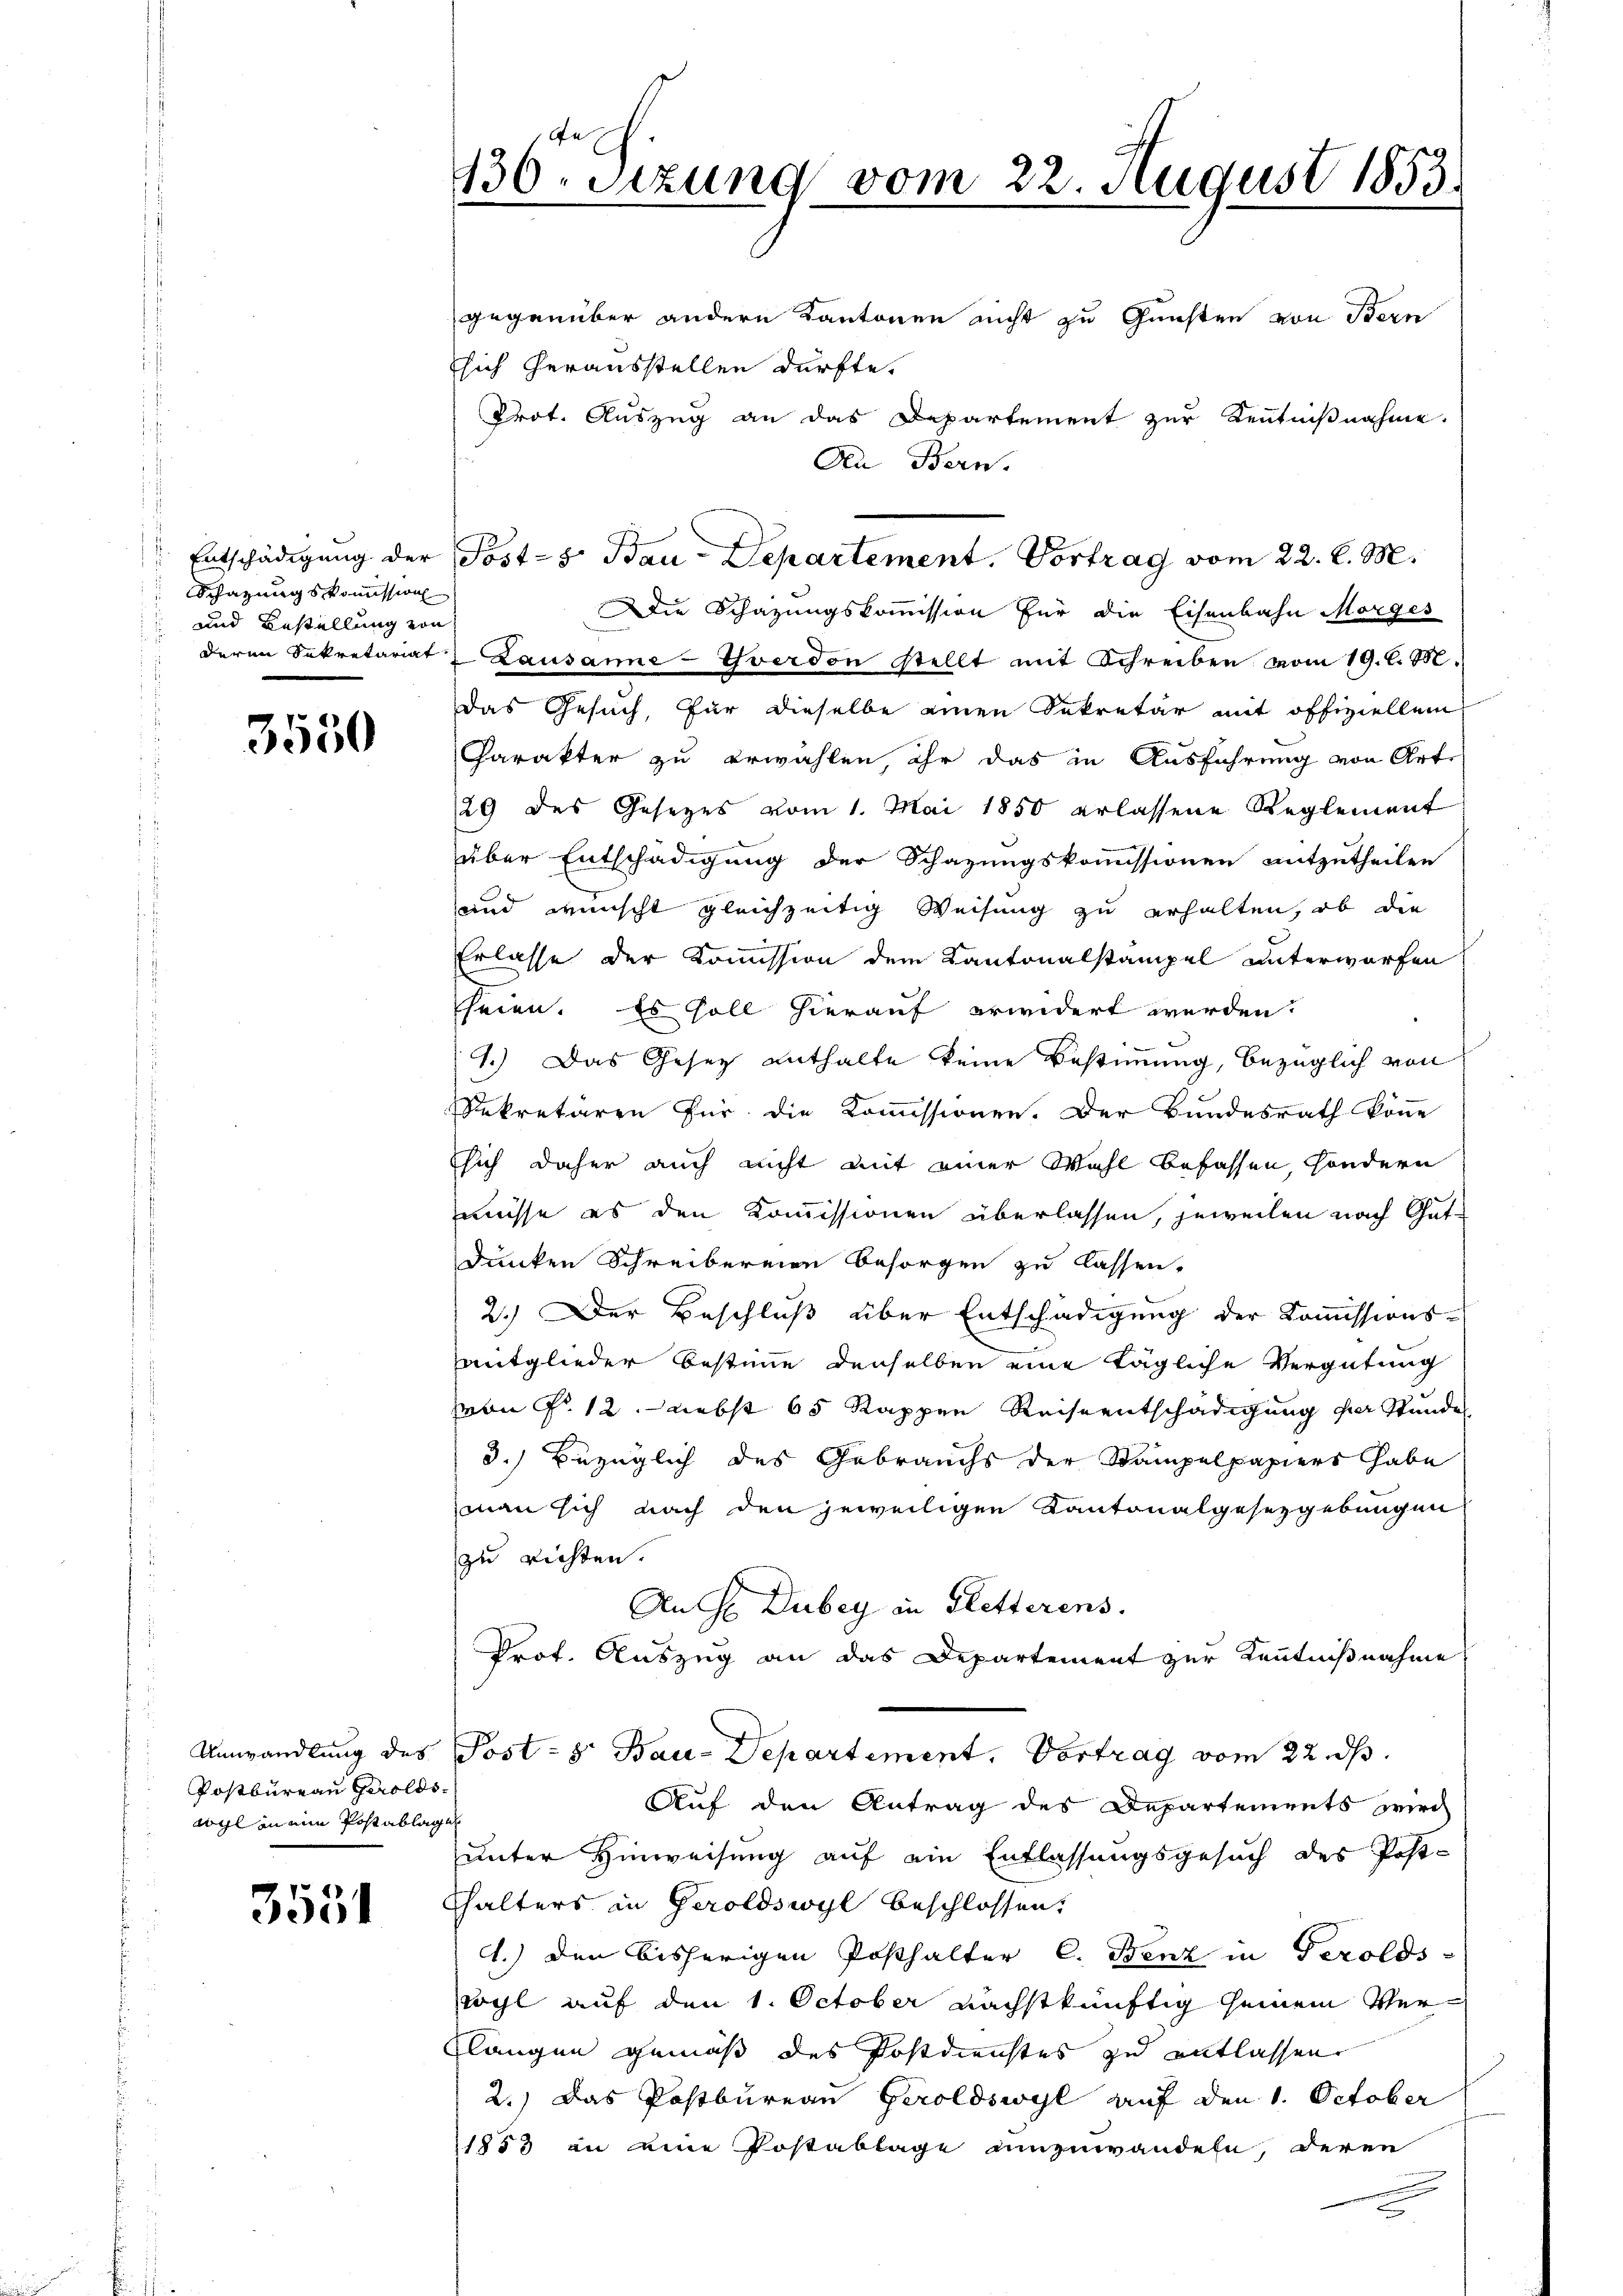
.
Schazungskommission
und Bestellung von
.

3550

Postbureau Geroldswyl an ein Postablage

3551

130. Sitzung vom 22. August 1853.

gegenüber andern Kantonen nicht zu Gunsten von Bern
sich herausstellen dürfte.
Prot. Auszug an das Departement zur Kenntnißnahme.
An Bern.
Die Schazungskommission für die Eisenbahn Morges
deren Sekretariat Lausanne-Yverdon stellt mit Schreiben vom 19. d. 7.
Das Gesuch, für dieselbe einen Sekretär mit offiziellem
Charakter zu erwählen, ihr das in Ausführung von Art.
29 des Gesetzes vom 1. Mai 1850 erlassene Reglement
über Entschädigung der Schazungskommissionen mitzutheilen
und wunscht gleichzeitig Weisung zu erhalten, ob die
Erlasse der Kommission dem Kantonalstampel unterworfen
heien. Es soll hierauf erwidert werden.
1.) Das Gesez enthalte keine Bestimmung, bezüglich von
Sekretären für die Kommissionen. Der Bundesrath könne
Esich daher auch nicht mit einer Wahl befassen, sondern
müsse es den Kommissionen überlassen, jeweilen nach Gutdunken Schreibereien besorgen zu lassen.
2.) Der Beschluß über Entschädigung der Kommissions-
mitglieder Bestimme denselben eine tägliche Vergütung
Mon P. 12. nebst 65 Rappen Reiseentschädigung der Stunde
3.) Bezüglich des Gebrauchs der Stampelpapiers abe
man sich nach den jeweiligen Kantonalgesezgebungen
zu richten.
An H Dubey in Gletterens.
Prof. Auszug an das Departement zur Kenntnißnahme
Umwandlung des Post- & Bau-Departement. Vortrag vom 22. ds.
Auf den Antrag des Departements wirc
unter Hinweisung auf ein Entlassungsgesuch des Post-
thalters in Geroldswyl beschlossen,
d.) den bisherigen Posthalter C. Benz in Gerolds-
ogl auf den 1. October nächstkünftig seinem Ver¬
Flangen gemäß des Postdienstes zu entlassen
2.) Das Postbureau Geroldswyl auf den 1. October
1853 an eine Postablage umzuwandeln, deren
e

Entschädigung der Post-s Bau-Departement. Vortrag vom 22. d. M.